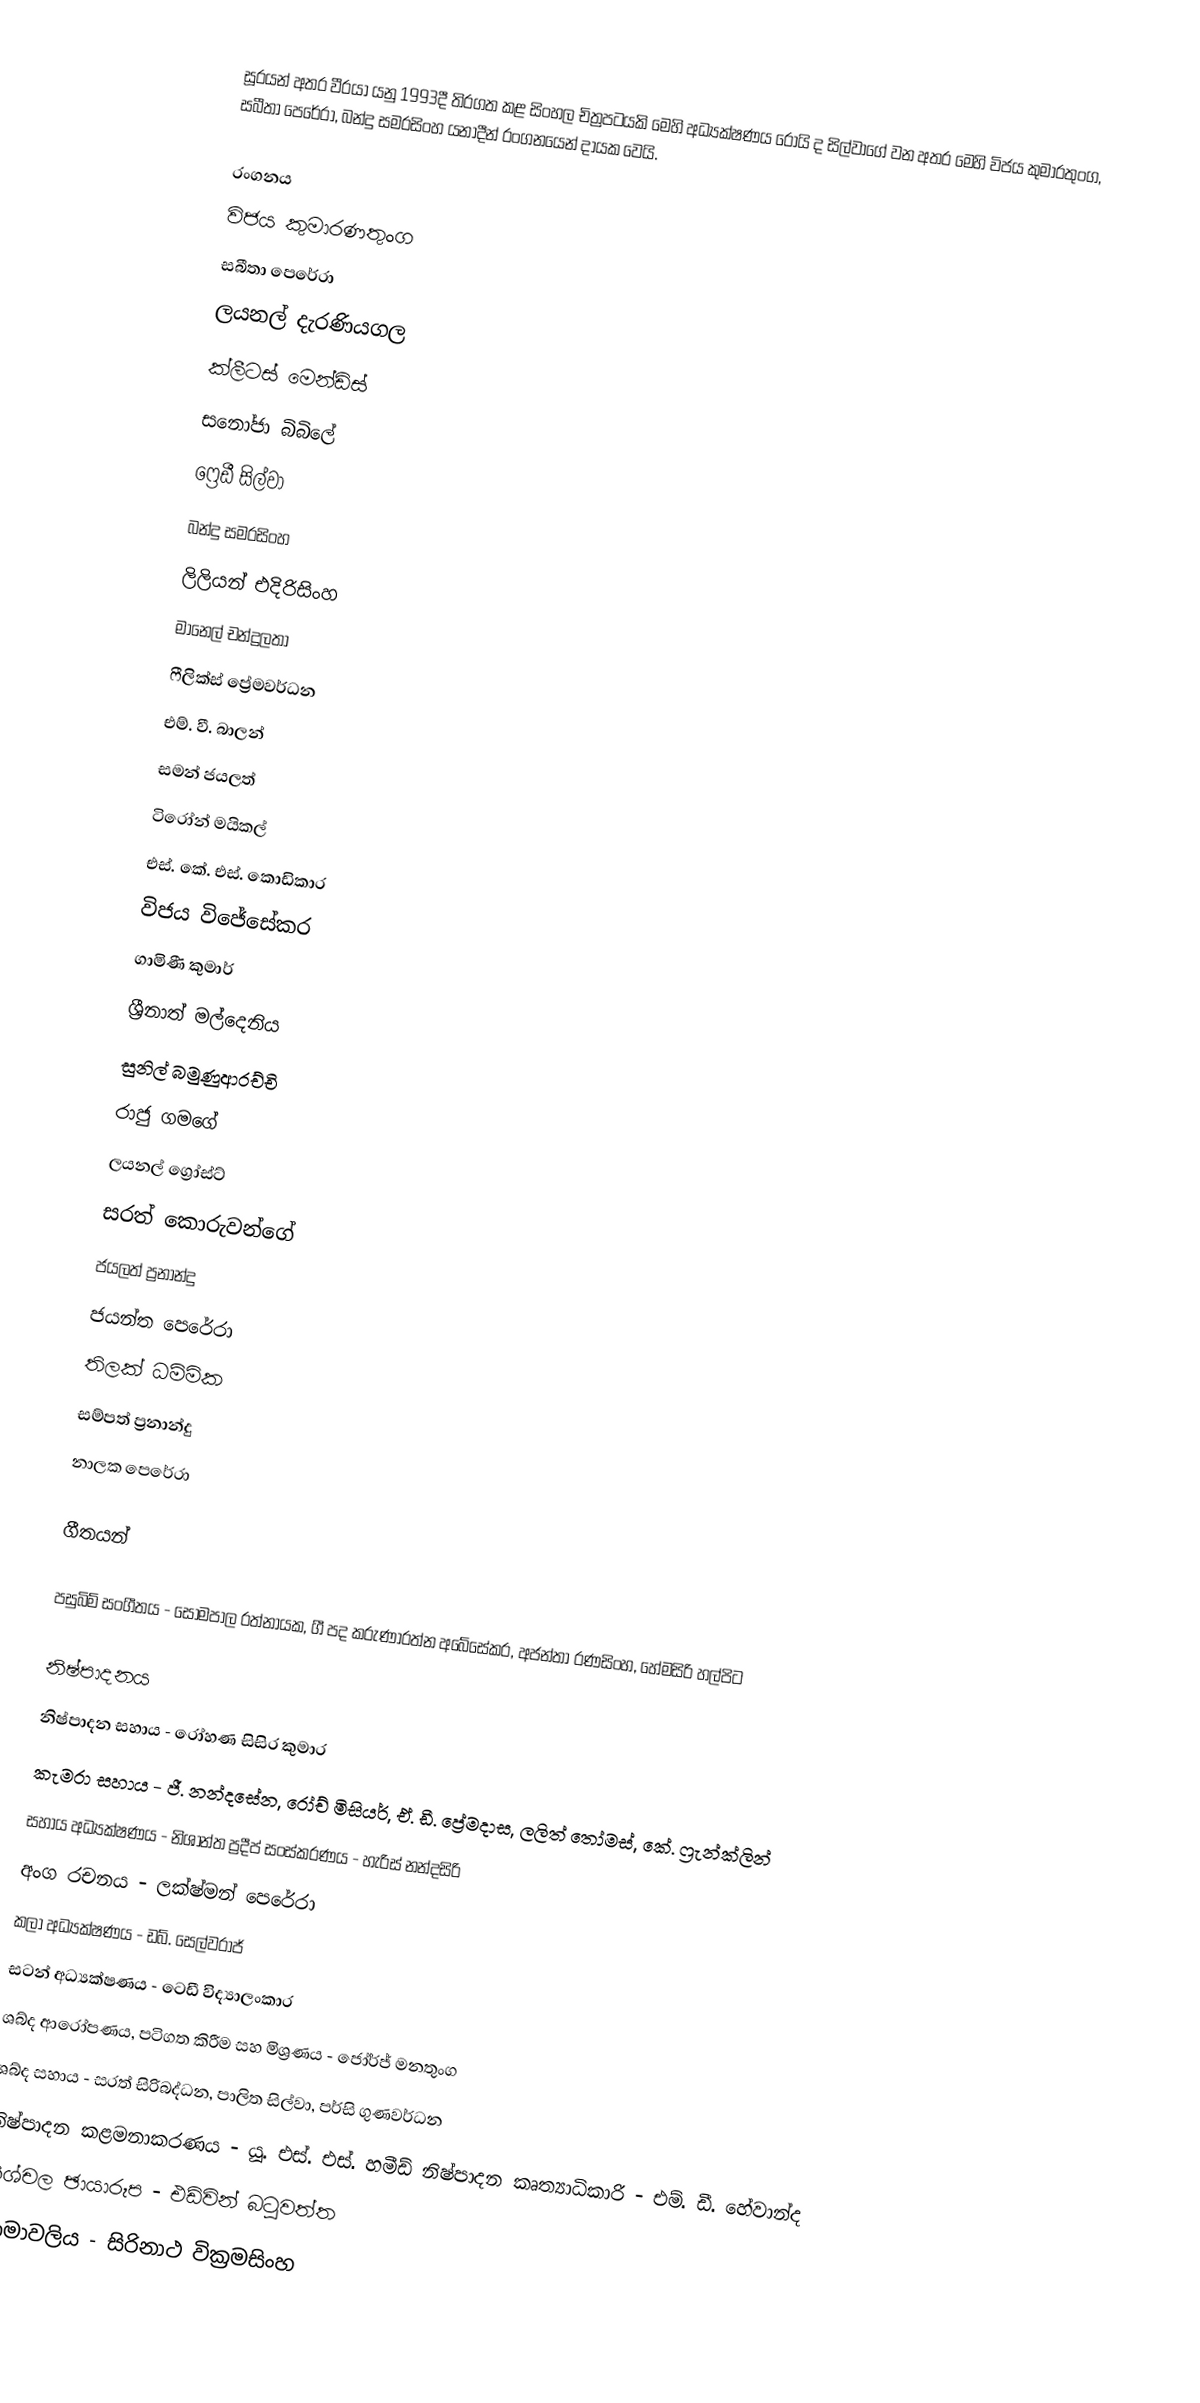
සූරයන් අතර වීරයා යනු 1993දී තිරගත කළ සිංහල චිත්‍රපටයකි  මෙහි අධ්‍යක්ෂණය රෝයි ද සිල්වාගේ වන අතර මෙහි විජය කුමාරතුංග, සබීතා පෙරේරා, බන්දු සමරසිංහ යනාදීන් රංගනයෙන් දායක වෙයි.

රංගනය
විජය කුමාරණතුංග
සබීතා පෙරේරා
ලයනල් දැරණියගල
ක්ලීටස් මෙන්ඩිස්
සනෝජා බිබිලේ
ෆ්‍රෙඩී සිල්වා
බන්දු සමරසිංහ
ලිලියන් එදිරිසිංහ
මානෙල් චන්ද්‍රලතා
ෆීලික්ස් ප්‍රේමවර්ධන
එම්. වී. බාලන්
සමන් ජයලත්
ටිරෝන් මයිකල්
එස්. කේ. එස්. කොඩිකාර
විජය විජේසේකර
ගාමිණී කුමාර්
ශ්‍රීනාත් මල්දෙනිය
සුනිල් බමුණුආරච්චි
රාජු ගමගේ
ලයනල් ග්‍රෝස්ට්
සරත් කොරුවන්ගේ
ජයලත් ප්‍රනාන්දු
ජයන්ත පෙරේරා
තිලක් ධම්මික
සම්පත් ප්‍රනාන්දු
නාලක පෙරේරා

ගීතයන්

පසුබිම් සංගීතය - සෝමපාල රත්නායක, ගී පද කරුණාරත්න අබේසේකර, අජන්තා රණසිංහ, හේමසිරි හල්පිට

නිෂ්පාදනය
නිෂ්පාදන සහාය - රෝහණ සිසිර කුමාර
කැමරා සහාය - ජී. නන්දසේන, රෝච් මිසියර්, ඒ. ඩී. ප්‍රේමදාස, ලලිත් තෝමස්, කේ. ෆ්‍රැන්ක්ලින්
සහාය අධ්‍යක්ෂණය - නිශාන්ත ප්‍රදීප් සංස්කරණය - හැරිස් නන්දසිරි
අංග රචනය - ලක්ෂ්මන් පෙරේරා
කලා අධ්‍යක්ෂණය - ඩබ්. සෙල්වරාජ්
සටන් අධ්‍යක්ෂණය - ටෙඩී විද්‍යාලංකාර
ශබ්ද ආරෝපණය, පටිගත කිරීම සහ මිශ්‍රණය - ජෝර්ජ් මනතුංග
ශබ්ද සහාය - සරත් සිරිබද්ධන, පාලිත සිල්වා, පර්සි ගුණවර්ධන
නිෂ්පාදන කළමනාකරණය - යූ. එස්. එස්. හමීඩ් නිෂ්පාදන කෘත්‍යාධිකාරි - එම්. ඩී. හේවාන්ද
නිශ්චල ඡායාරූප - එඩ්වින් බටුවත්ත
නාමාවලිය - සිරිනාථ වික්‍රමසිංහ